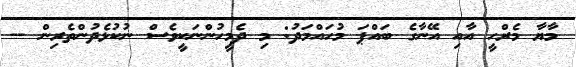
މާޔާ މެރްހީ އާއި އޭނާގެ ބައްޕަ މުހައްމަދު: މި ދެމީހުންނަކީވެސް ނުކުޅެދުންތެރިން --